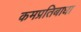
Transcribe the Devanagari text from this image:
कमप्रतिबाधा